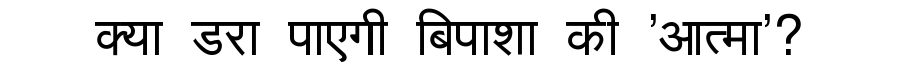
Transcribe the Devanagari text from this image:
क्या डरा पाएगी बिपाशा की 'आत्मा'?